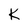
Character: K